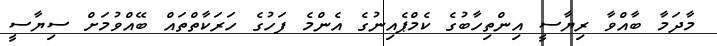
މާދަމާ ބާއްވާ ރިޔާސީ އިންތިހާބުގެ ކެމްޕެއިނުގެ އެންމެ ފަހުގެ ހަރަކާތްތަައް ބޭއްވުމަށް ސިޔާސީ